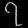
Digit: ၇